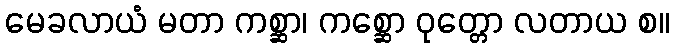
မေခလာယံ မတာ ကစ္ဆာ၊ ကစ္ဆော ဝုတ္တော လတာယ စ။